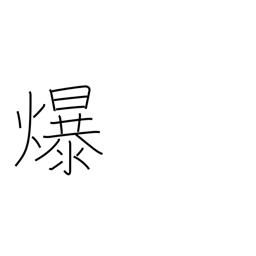
Meaning: split